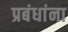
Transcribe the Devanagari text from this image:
प्रबंधांना